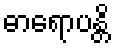
ဓာရောပန္တိ